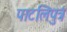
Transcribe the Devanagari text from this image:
पाटलिपुत्रं